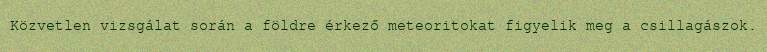
Közvetlen vizsgálat során a földre érkező meteoritokat figyelik meg a csillagászok.